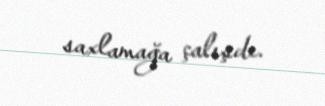
saxlamağa çalışdı.